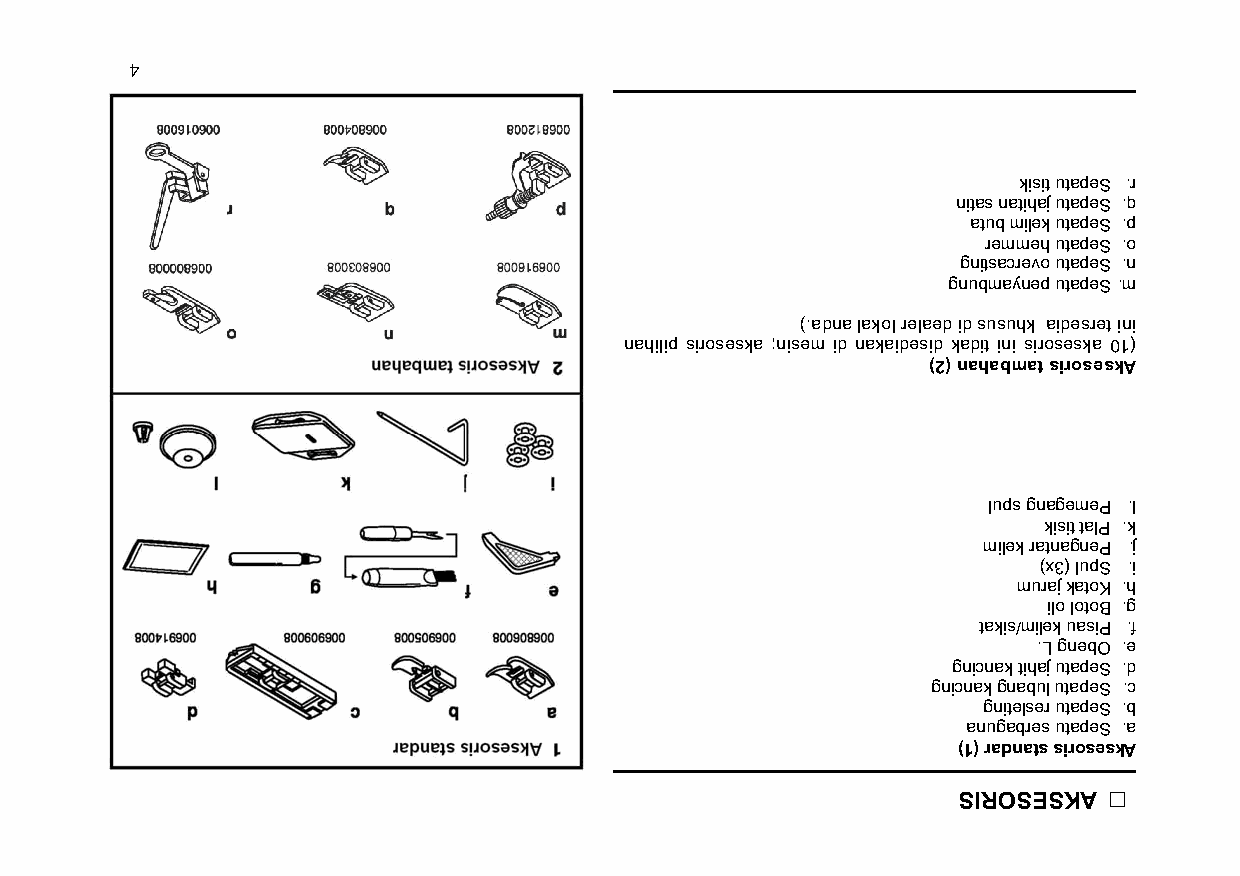
4
 kisit utapeS .r
 nitas natihaj utapeS .q
 atub milek utapeS .p
 remmeh utapeS .o
 gnitsacrevo utapeS .n
 gnubmaynep utapeS .m
 ).adna lakol relaed id susuhk aidesret ini
 nahilip siroseska ;nisem id nakaidesid kadit ini siroseska 01(
 )2( nahabmat siroseskA
 lups gnagemeP .l
 kisit talP .k
 milek ratnagneP .j
 )x3( lupS .i
 muraj katoK .h
 ilo lotoB .g
 takis/milek uasiP .f
 .L gnebO .e
 gnicnak tihaj utapeS .d
 gnicnak gnabul utapeS .c
 gnitelser utapeS .b
 anugabres utapeS .a
 )1( radnats siroseskA
 SIROSESKA